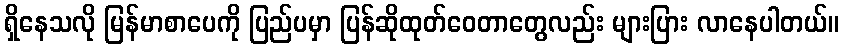
ရှိနေသလို မြန်မာစာပေကို ပြည်ပမှာ ပြန်ဆိုထုတ်ဝေတာတွေလည်း များပြား လာနေပါတယ်။